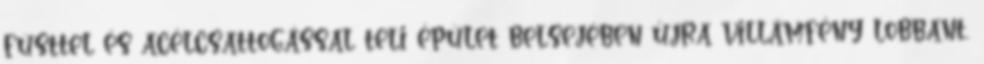
füsttel és acélcsattogással teli épület belsejében újra villámfény lobbant,